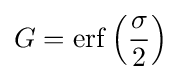
G=\operatorname {erf} \left({\frac {\sigma }{2}}\right)